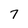
Character: 7